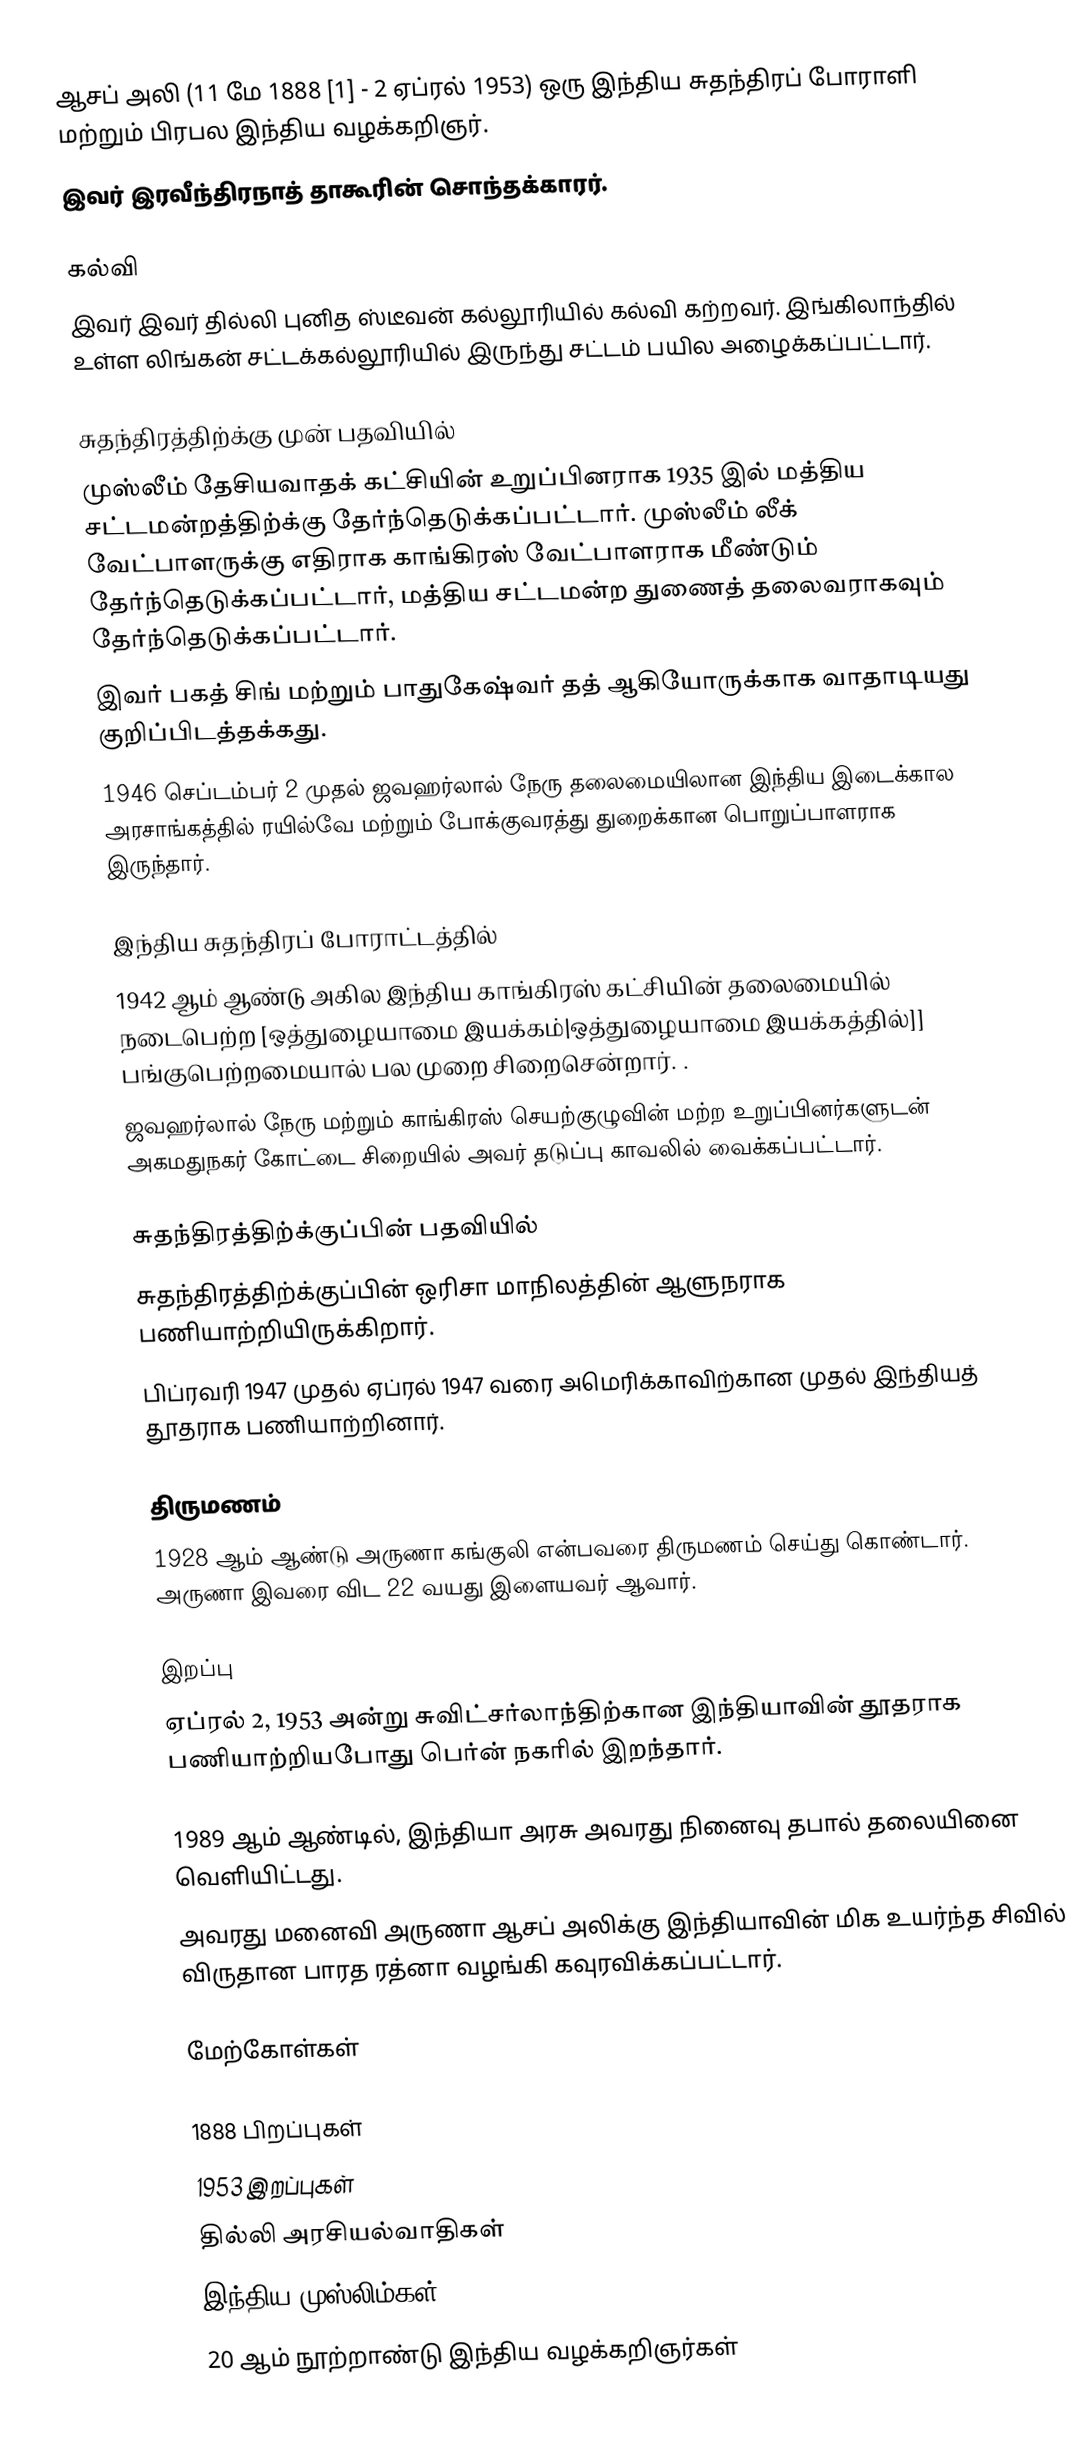
ஆசப் அலி (11 மே 1888 [1] - 2 ஏப்ரல் 1953) ஒரு இந்திய சுதந்திரப் போராளி மற்றும் பிரபல இந்திய வழக்கறிஞர்.
இவர் இரவீந்திரநாத் தாகூரின் சொந்தக்காரர்.

கல்வி
இவர் இவர் தில்லி புனித ஸ்டீவன் கல்லூரியில் கல்வி கற்றவர். இங்கிலாந்தில் உள்ள லிங்கன் சட்டக்கல்லூரியில் இருந்து சட்டம் பயில அழைக்கப்பட்டார்.

சுதந்திரத்திற்க்கு முன் பதவியில்
 முஸ்லீம் தேசியவாதக் கட்சியின் உறுப்பினராக 1935 இல் மத்திய சட்டமன்றத்திற்க்கு தேர்ந்தெடுக்கப்பட்டார். முஸ்லீம் லீக் வேட்பாளருக்கு எதிராக காங்கிரஸ் வேட்பாளராக மீண்டும் தேர்ந்தெடுக்கப்பட்டார், மத்திய சட்டமன்ற துணைத் தலைவராகவும் தேர்ந்தெடுக்கப்பட்டார்.
இவர் பகத் சிங் மற்றும் பாதுகேஷ்வர் தத் ஆகியோருக்காக வாதாடியது குறிப்பிடத்தக்கது.
 1946 செப்டம்பர் 2 முதல் ஜவஹர்லால் நேரு தலைமையிலான இந்திய இடைக்கால அரசாங்கத்தில் ரயில்வே மற்றும் போக்குவரத்து துறைக்கான பொறுப்பாளராக இருந்தார்.

இந்திய சுதந்திரப் போராட்டத்தில்
 1942 ஆம் ஆண்டு அகில இந்திய காங்கிரஸ் கட்சியின் தலைமையில் நடைபெற்ற [ஒத்துழையாமை இயக்கம்|ஒத்துழையாமை இயக்கத்தில்]] பங்குபெற்றமையால் பல முறை சிறைசென்றார். .
 ஜவஹர்லால் நேரு மற்றும் காங்கிரஸ் செயற்குழுவின் மற்ற உறுப்பினர்களுடன் அகமதுநகர் கோட்டை சிறையில் அவர் தடுப்பு காவலில் வைக்கப்பட்டார்.

சுதந்திரத்திற்க்குப்பின் பதவியில்
 சுதந்திரத்திற்க்குப்பின் ஒரிசா மாநிலத்தின் ஆளுநராக பணியாற்றியிருக்கிறார்.
 பிப்ரவரி 1947 முதல் ஏப்ரல் 1947 வரை அமெரிக்காவிற்கான முதல் இந்தியத் தூதராக பணியாற்றினார்.

திருமணம்
1928 ஆம் ஆண்டு அருணா கங்குலி என்பவரை திருமணம் செய்து கொண்டார். அருணா இவரை விட 22 வயது இளையவர் ஆவார்.

இறப்பு
ஏப்ரல் 2, 1953 அன்று சுவிட்சர்லாந்திற்கான இந்தியாவின் தூதராக பணியாற்றியபோது பெர்ன் நகரில் இறந்தார்.

 1989 ஆம் ஆண்டில், இந்தியா அரசு அவரது நினைவு தபால் தலையினை வெளியிட்டது.
 அவரது மனைவி அருணா ஆசப் அலிக்கு இந்தியாவின் மிக உயர்ந்த சிவில் விருதான  பாரத ரத்னா வழங்கி கவுரவிக்கப்பட்டார்.

மேற்கோள்கள்

1888 பிறப்புகள்
1953 இறப்புகள்
தில்லி அரசியல்வாதிகள்
இந்திய முஸ்லிம்கள்
20 ஆம் நூற்றாண்டு இந்திய வழக்கறிஞர்கள்